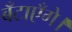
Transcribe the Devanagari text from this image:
बँटाएँगे।